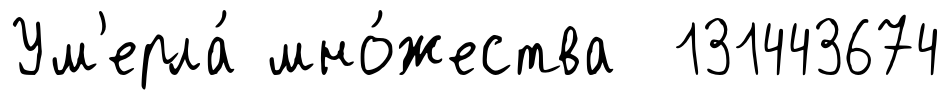
Ум'ерла́ мно́жества 131443674